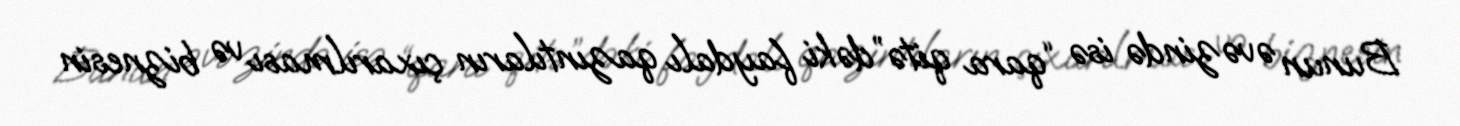
Bunun əvəzində isə “qara qitə”dəki faydalı qazıntıların çıxarılması və biznesin